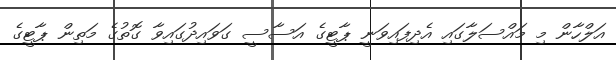
އަލްހާން މި މައްސަލާގައި އެދިފައިވަނީ ޕާޓީގެ އަސާސީ ގަވައިދުގައިވާ ގޮތުގެ މަތިން ޕާޓީގެ